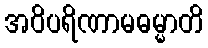
အဝိပရိဏာမဓမ္မာတိ